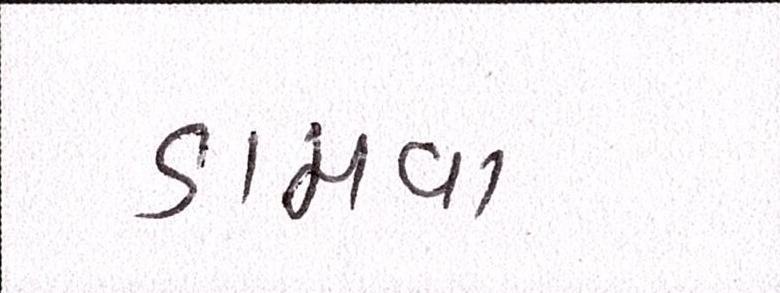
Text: ડામવા